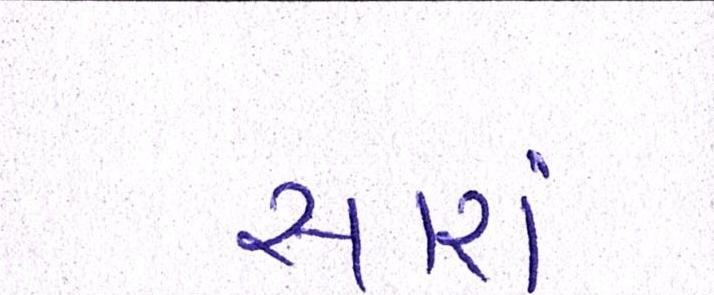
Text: સારાં